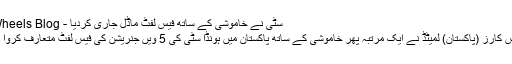
سٹی نے خاموشی کے ساتھ فیس لفٹ ماڈل جاری کردیا - PakWheels Blog
ہونڈا اٹلس کارز (پاکستان) لمیٹڈ نے ایک مرتبہ پھر خاموشی کے ساتھ پاکستان میں ہونڈا سٹی کی 5 ویں جنریشن کی فیس لفٹ متعارف کروا دی ہے۔